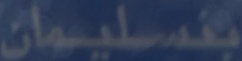
بند-سليمان